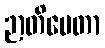
ဉာတိပေတာ